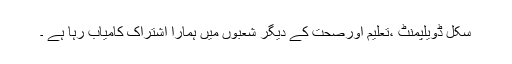
سکل ڈویلپمنٹ ،تعلیم اورصحت کے دیگر شعبوں میں ہمارا اشتراک کامیاب رہا ہے ۔